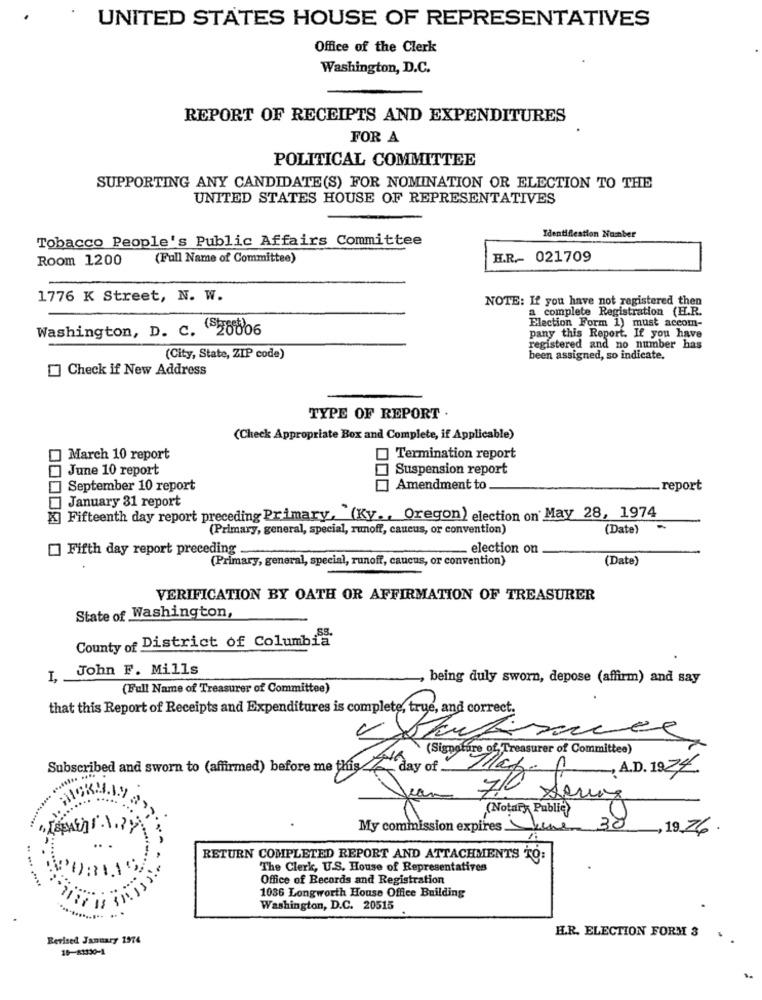
UNITED STATES HOUSE OF REPRESENTATIVES
Office of the Clerk
Washington, D.C.
REPORT OF RECEIPTS AND EXPENDITURES
FOR A
POLITICAL COMMITTEE
SUPPORTING ANY CANDIDATE(S) FOR NOMINATION OR ELECTION TO THE
UNITED STATES HOUSE OF REPRESENTATIVES
Tobacco People's Public Affairs Committee
Identification Number
Room 1200
(Full Name of Committee)
H.R .- 021709
1776 K Street, N. W.
NOTE: If you have not registered then
a complete Registration (H.R.
Election Form 1) must accom-
Washington, D. C. 28006
pany this Report. If you have
registered and no number has
(City, State, ZIP code)
been assigned, so indicate.
Check if New Address
TYPE OF REPORT .
(Check Appropriate Box and Complete, if Applicable)
] March 10 report
Termination report
] June 10 report
Suspension report
September 10 report
Amendment to
_report
January 31 report
X] Fifteenth day report preceding Primary, (Ky ., Oregon) election on May 28, 1974
(Primary, general, special, runoff, caucus, or convention)
(Date)
Fifth day report preceding
election on
(Primary, general, special, runoff, caucus, or convention)
(Date)
VERIFICATION BY OATH OR AFFIRMATION OF TREASURER
State of Washington,
County of District of Columbia
1, John F. Mills
, being duly sworn, depose (affirm) and say
(Full Name of Treasurer of Committee)
that this Report of Receipts and Expenditures is complete, true, and correct.
ANNA (Signature of Treasurer of Committee)
Subscribed and sworn to (affirmed) before me this
day of Taget
A.D. 1924
Yea
7.0 Sering
Notary Public
My commission expires here
. 30
19.26
RETURN COMPLETED REPORT AND ATTACHMENTS TO:
.. ...
The Clerk, U.S. House of Representatives
Office of Records and Registration
1036 Longworth House Office Building
Washington, D.C. 20515
H.R. ELECTION FORM 3
Revised January 1974
16-81330-4